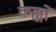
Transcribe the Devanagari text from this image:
कह्यों